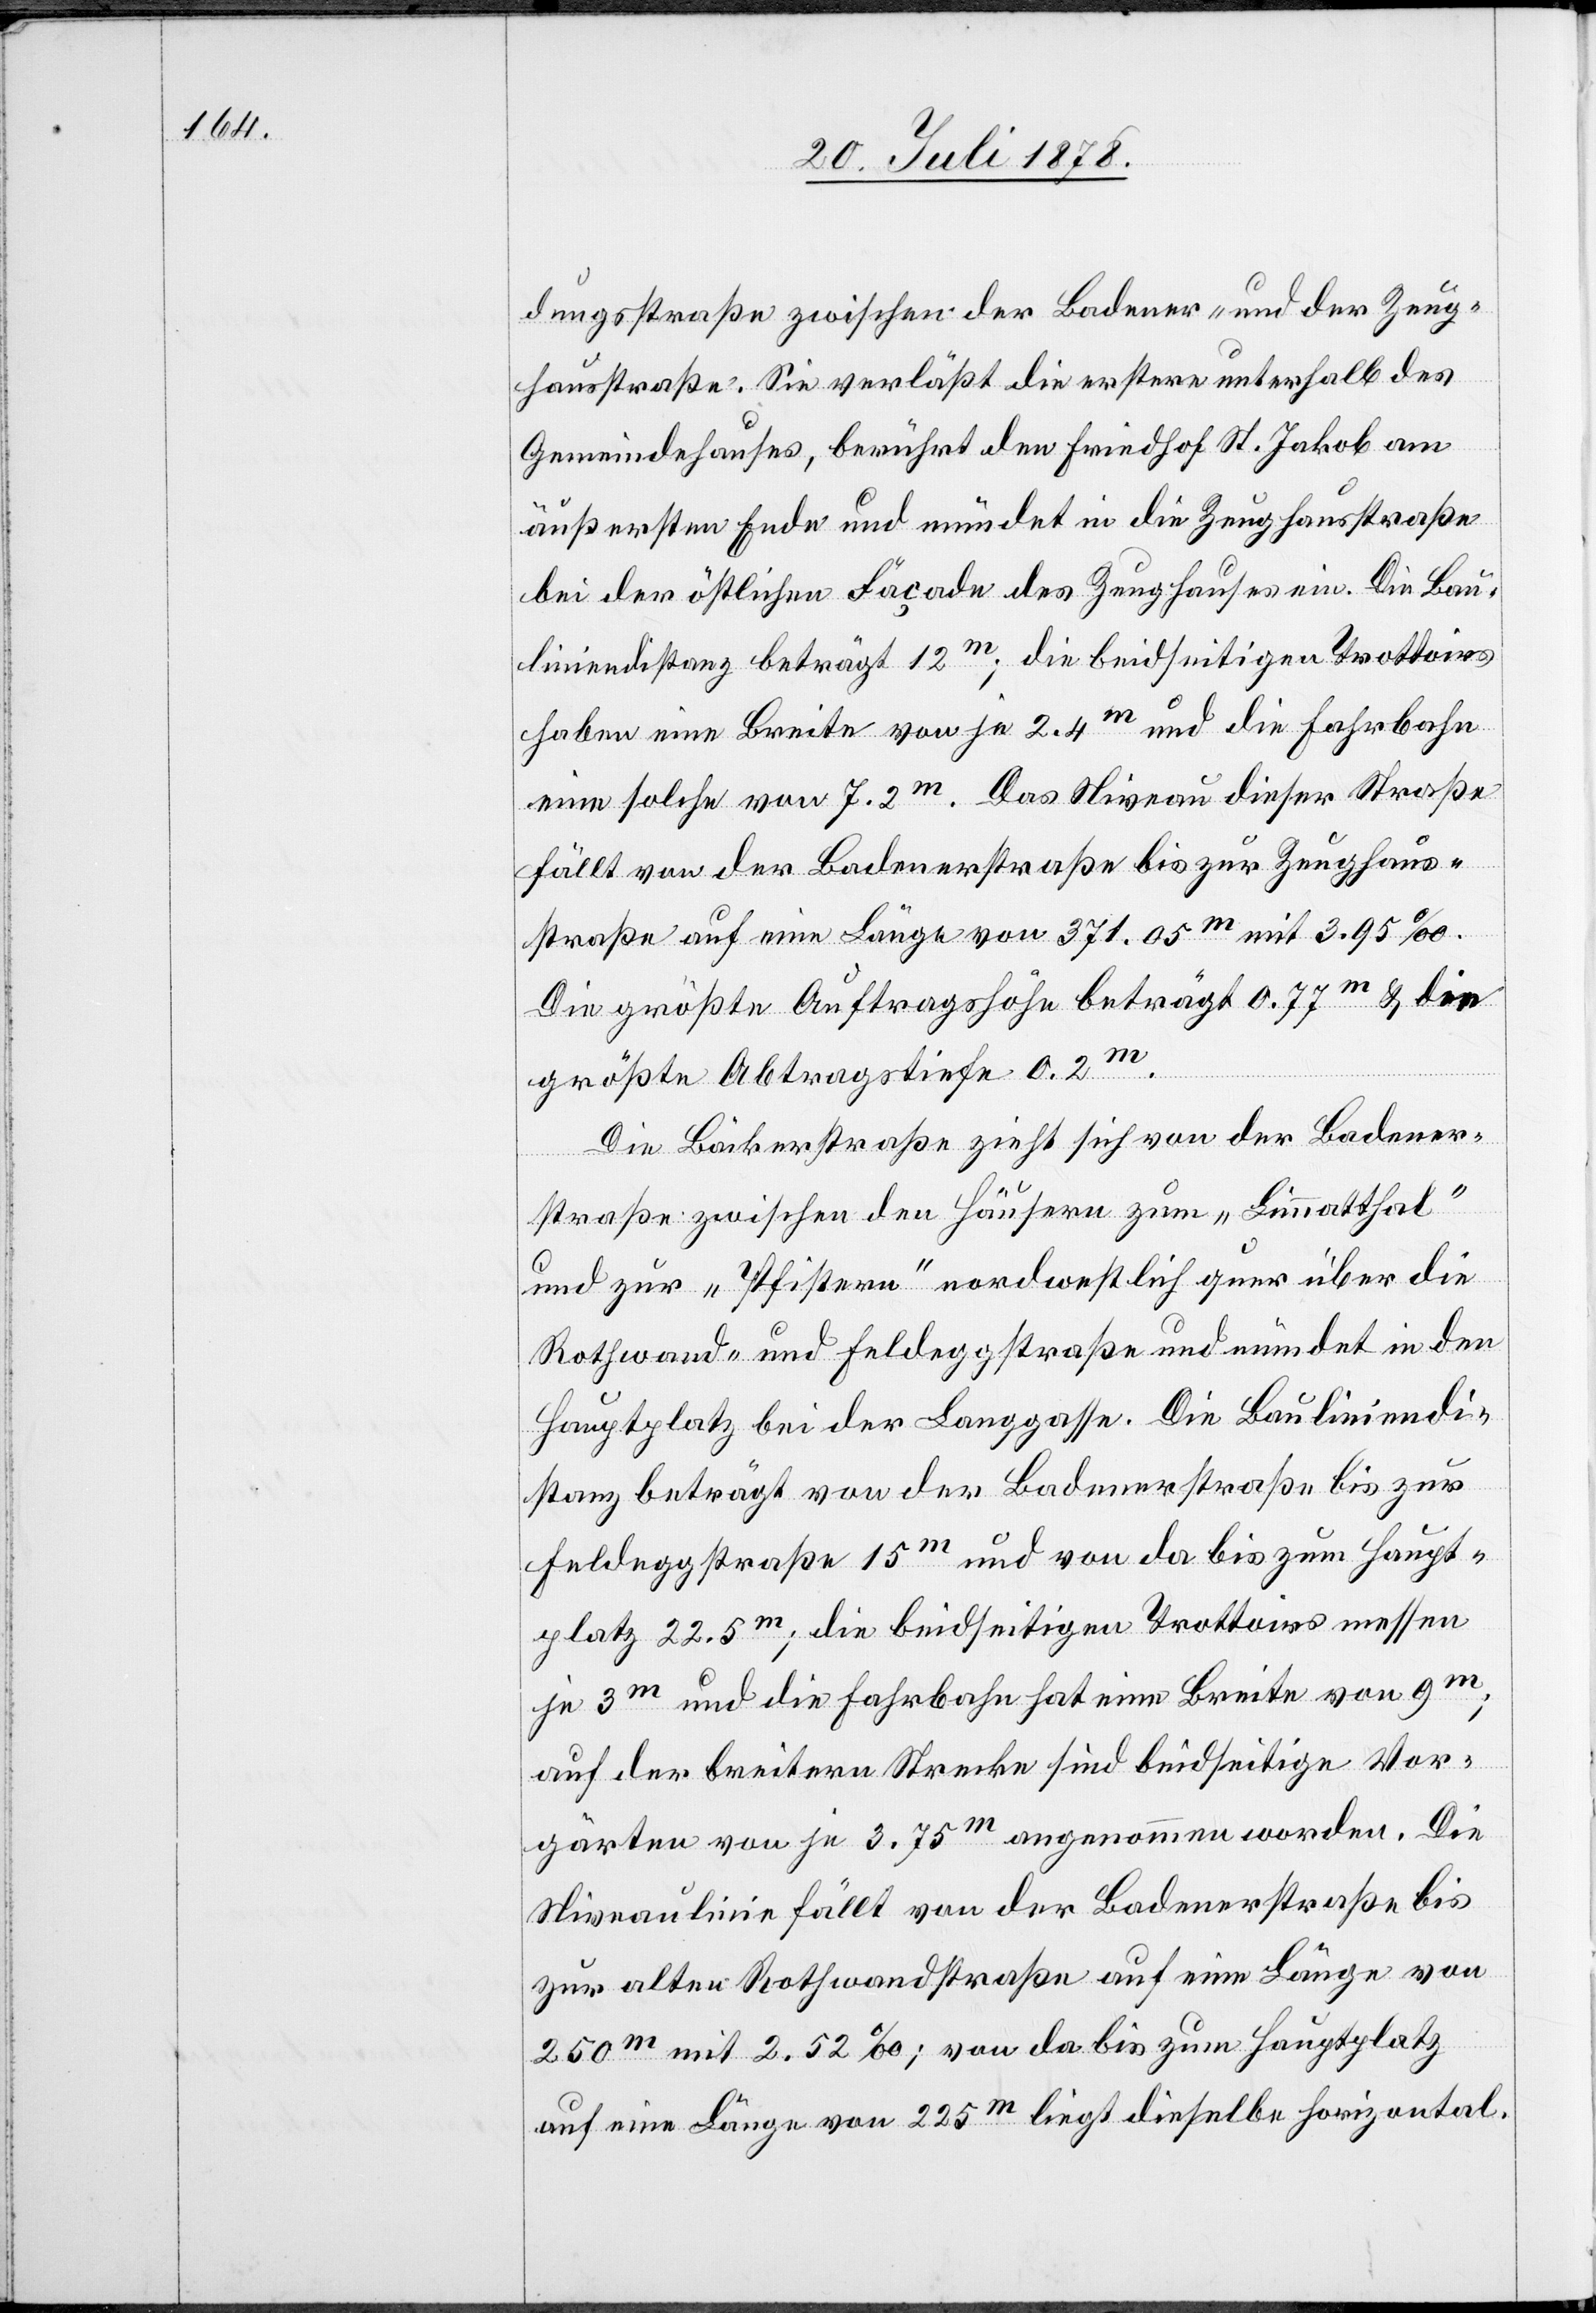
dungsstraße zwischen der Badener- und der Zeug¬
hausstraße. Sie verläßt die erstere unterhalb des
Gemeindehauses, berührt den Friedhof St. Jakob am
äußersten Ende und mündet in die Zeughausstraße
bei der östlichen Façade des Zeughauses ein. Die Bau¬
liniendistanz beträgt 12m; die beidseitigen Trottoirs
haben eine Breite von je 2.4m. Das Niveau dieser Straße
fällt von der Badenerstraße bis zur Zeughaus¬
straße auf eine Länge von 371.05m mit 3.95‰.
Die größte Auftragshöhe beträgt 0.77m & die
größte Abtragstiefe 0.2m.
Die Bäckerstraße zieht sich von der Badener¬
straße zwischen den Häusern zum „Limmatthal“
und zur „Pfistern“ nordwestlich quer über die
Rothwand- und Feldeggstraße und mündet in den
Hauptplatz bei der Langgasse. Die Bauliniendi¬
stanz beträgt von der Badenerstraße bis zur
Feldeggstraße 15m und von da bis zum Haupt¬
platz 22.5m; die beidseitigen Trottoirs messen
je 3m und die Fahrbahn hat eine Breite von 9m;
auf der breitern Strecke sind beidseitige Vor¬
gärten von je 3.75m angenommen worden. Die
Niveaulinie fällt von der Badenerstraße bis
zur alten Rothwandstraße auf eine Länge von
250m mit 2.52‰; von da bis zum Hauptplatz
auf eine Länge von 225m liegt dieselbe horizontal.